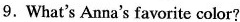
9.What's Anna's favorite color?